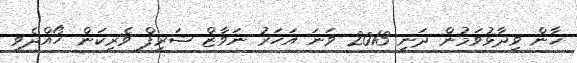
ޚާން ވިދާޅުވަމުން ދަނީ 2013 ވަނަ އަހަރު ނަވާޒް ޝަރީފް ވެރިކަން ހޯއްދެވީ